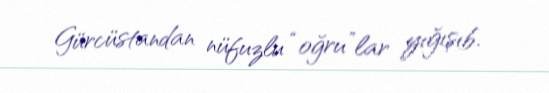
Gürcüstandan nüfuzlu “oğru”lar yığışıb.